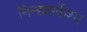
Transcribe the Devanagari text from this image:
निन्द्यतर्केश्च